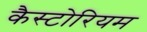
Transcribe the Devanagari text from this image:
कैस्टोरियम